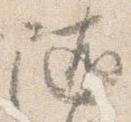
随